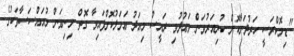
"ޑިމޮކްރަސީ ހަރުދަނާކޮށް ކުރިއަރުވަން ވަޢުދުވި ރައީސް މިއަދު ޢަމަލުކޮށްފައިވާ ގޮތް މިނިވަން މުއައްސަސާތަކުގެ